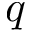
q